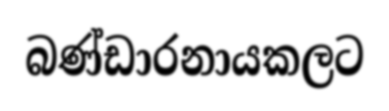
බණ්ඩාරනායකලට